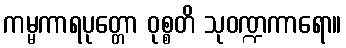
ကမ္မကာရပုတ္တော ဝုစ္စတိ သုဝဏ္ဍကာရော။